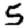
Digit: 5